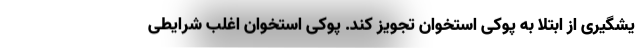
یشگیری از ابتلا به پوکی استخوان تجویز کند. پوکی استخوان اغلب شرایطی